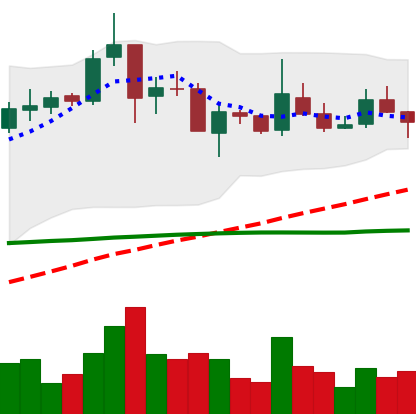
Ticker: TRX-USD
Chart end date: 2019-02-10
Forward return: -6.81%
Label: down_5_7